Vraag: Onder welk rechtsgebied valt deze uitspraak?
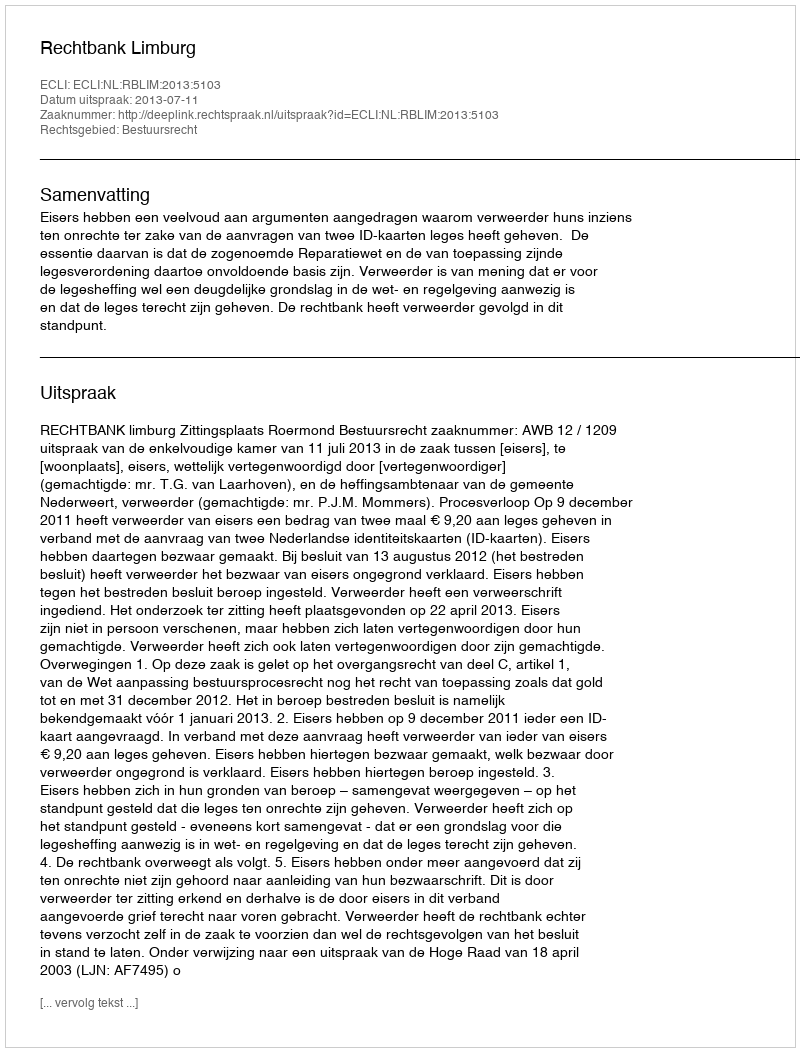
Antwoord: Bestuursrecht